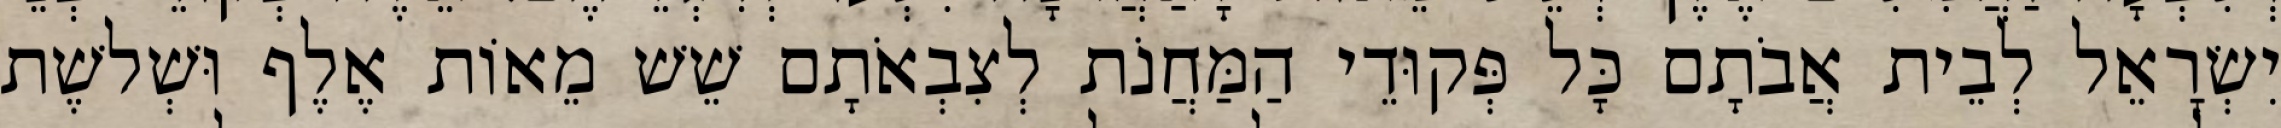
יִשְׂרָאֵל לְבֵית אֲבֹתָם כָּל פְּקוּדֵי הַמַּחֲנֹת לְצִבְאֹתָם שֵׁשׁ מֵאוֹת אֶלֶף וּשְׁלשֶׁת